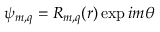
\psi _ { m , q } = R _ { m , q } ( r ) \exp { i m \theta }